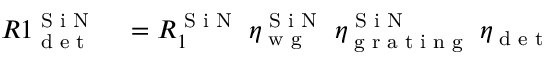
\begin{array} { r l } { R 1 _ { \textrm { d e t } } ^ { \textrm { S i N } } } & { { } = R _ { 1 } ^ { \textrm { S i N } } \ \eta _ { \textrm { w g } } ^ { \textrm { S i N } } \ \eta _ { \textrm { g r a t i n g } } ^ { \textrm { S i N } } \ \eta _ { \textrm { d e t } } } \end{array}